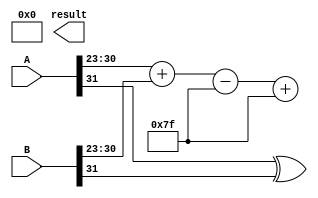
module floating_point_multiplier (
    input wire [31:0] A, // First floating-point operand
    input wire [31:0] B, // Second floating-point operand
    output wire [31:0] result // Resulting floating-point product
);
    // IEEE 754 components
    wire sign_A = A[31];
    wire sign_B = B[31];
    wire [7:0] exp_A = A[30:23];
    wire [7:0] exp_B = B[30:23];
    wire [22:0] sig_A = A[22:0];
    wire [22:0] sig_B = B[22:0];

    // Sign calculation
    wire sign_result = sign_A ^ sign_B;

    // Exponent calculation
    wire [8:0] exp_sum = {1'b0, exp_A} + {1'b0, exp_B} - 8'd127; // Subtract bias
    wire [7:0] exp_result = exp_sum[7:0] + 8'd127; // Add bias back

    // Significand multiplication (Wallace Tree structure)
    wire [45:0] partial_products [22:0]; // 23 partial products of 46 bits each

    genvar i, j;
    generate
        for (i = 0; i < 23; i = i + 1) begin : pp_gen
            for (j = 0; j < 23; j = j + 1) begin : pp_inner
                assign partial_products[i][i+j] = sig_A[i] & sig_B[j];
            end
        end
    endgenerate

    // Wallace tree reduction
    wire [45:0] sum1[21:0];
    wire [45:0] sum2[21:0];
    wire [21:0] carry[21:0];
    
    // First level of CSA
    for (i = 0; i < 22; i = i + 1) begin
        assign {carry[i], sum1[i]} = partial_products[i] + partial_products[i+1] + partial_products[i+2];
    end

    // Further levels of CSA will continue reducing until two rows remain
    // Add more iterations here as needed for Wallace tree reduction...

    // Final addition of results
    wire [45:0] final_sum;
    // Final addition logic (to be implemented)
    
    // Normalization and rounding
    // This section would handle the normalization and rounding of the significand
    // Normalize and round the final_sum to fit into the significand
    
    // Output formatting
    assign result = {sign_result, exp_result, final_sig}; // final_sig to be defined

endmodule